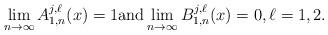
LaTeX: \begin{align*}\lim_{n\rightarrow\infty }{A}_{1,n}^{j,\ell}(x)=1\mbox{and}\lim_{n\rightarrow\infty }{B}_{1,n}^{j,\ell}(x)=0,\ell=1,2. \end{align*}